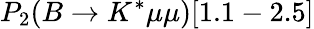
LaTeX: P_{2}(B\to K^{*}\mu\mu)[1.1-2.5]